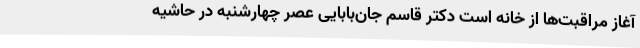
آغاز مراقبت‌ها از خانه است دکتر قاسم جان‌بابایی عصر چهارشنبه در حاشیه